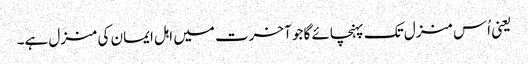
یعنی اُس منزل تک پہنچائے گا جو آخرت میں اہل ایمان کی منزل ہے۔